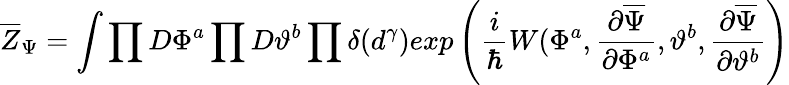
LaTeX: \overline{{{Z}}}_{\Psi}=\int\prod D\Phi^{a}\prod D\vartheta^{b}\prod\delta(d^{\gamma})exp\left({\frac{i}{\hbar}}W(\Phi^{a},{\frac{\partial\overline{{\Psi}}}{\partial\Phi^{a}}},\vartheta^{b},{\frac{\partial\overline{{\Psi}}}{\partial\vartheta^{b}}}\right)